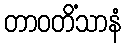
တာဝတိံသာနံ